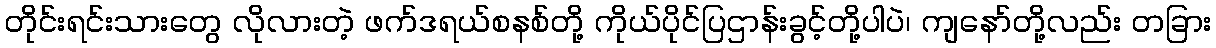
တိုင်းရင်းသားတွေ လိုလားတဲ့ ဖက်ဒရယ်စနစ်တို့ ကိုယ်ပိုင်ပြဌာန်းခွင့်တို့ပါပဲ၊ ကျနော်တို့လည်း တခြား